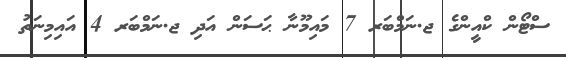
ސްޓޯން ކްއީންގެ ޖ.ނަމްބަރ 7 މައިމޫނާ ޙަސަން އަދި ޖ.ނަމްބަރ 4 އައިމިނަތު